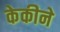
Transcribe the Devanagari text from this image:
केकीने